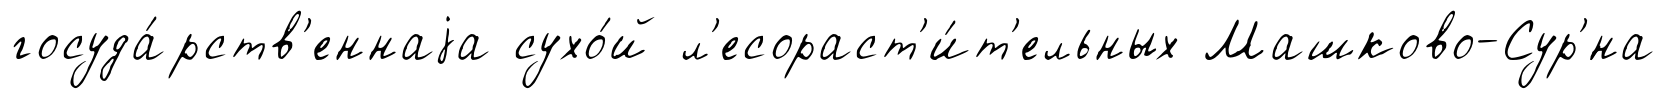
госуда́рств'еннаjа сухо́й л'есораст'и́т'ельных Машково-Сур'́на